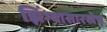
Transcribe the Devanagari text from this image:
झिंग्यासारखेच